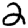
Digit: 2